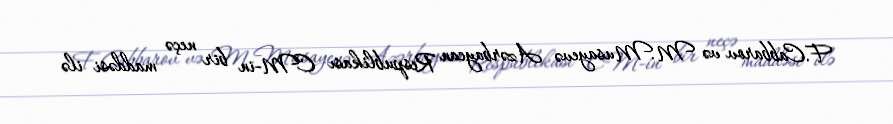
F.Cabbarov və M.Musayevə Azərbaycan Respublikası CM-in bir neçə maddəsi ilə